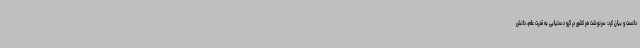
دانست و بیان کرد: سرنوشت هر کشور در گرو دستیابی به قدرت علم، دانش